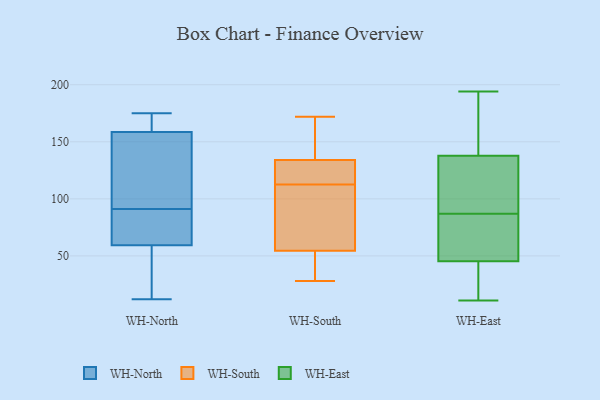
{"axis": {"x": "Satisfaction Score", "y": "Value"}, "legend": ["WH-East", "WH-North", "WH-South"], "data": [{"x": "", "y": 60, "type": "WH-North"}, {"x": "", "y": 57, "type": "WH-North"}, {"x": "", "y": 175, "type": "WH-North"}, {"x": "", "y": 170, "type": "WH-North"}, {"x": "", "y": 141, "type": "WH-North"}, {"x": "", "y": 70, "type": "WH-North"}, {"x": "", "y": 166, "type": "WH-North"}, {"x": "", "y": 91, "type": "WH-North"}, {"x": "", "y": 88, "type": "WH-North"}, {"x": "", "y": 32, "type": "WH-North"}, {"x": "", "y": 12, "type": "WH-North"}, {"x": "", "y": 156, "type": "WH-North"}, {"x": "", "y": 97, "type": "WH-North"}, {"x": "", "y": 89, "type": "WH-South"}, {"x": "", "y": 53, "type": "WH-South"}, {"x": "", "y": 112, "type": "WH-South"}, {"x": "", "y": 61, "type": "WH-South"}, {"x": "", "y": 81, "type": "WH-South"}, {"x": "", "y": 56, "type": "WH-South"}, {"x": "", "y": 28, "type": "WH-South"}, {"x": "", "y": 44, "type": "WH-South"}, {"x": "", "y": 146, "type": "WH-South"}, {"x": "", "y": 40, "type": "WH-South"}, {"x": "", "y": 169, "type": "WH-South"}, {"x": "", "y": 157, "type": "WH-South"}, {"x": "", "y": 122, "type": "WH-South"}, {"x": "", "y": 32, "type": "WH-South"}, {"x": "", "y": 164, "type": "WH-South"}, {"x": "", "y": 113, "type": "WH-South"}, {"x": "", "y": 122, "type": "WH-South"}, {"x": "", "y": 172, "type": "WH-South"}, {"x": "", "y": 116, "type": "WH-South"}, {"x": "", "y": 116, "type": "WH-South"}, {"x": "", "y": 65, "type": "WH-East"}, {"x": "", "y": 126, "type": "WH-East"}, {"x": "", "y": 44, "type": "WH-East"}, {"x": "", "y": 43, "type": "WH-East"}, {"x": "", "y": 49, "type": "WH-East"}, {"x": "", "y": 194, "type": "WH-East"}, {"x": "", "y": 148, "type": "WH-East"}, {"x": "", "y": 137, "type": "WH-East"}, {"x": "", "y": 87, "type": "WH-East"}, {"x": "", "y": 11, "type": "WH-East"}, {"x": "", "y": 138, "type": "WH-East"}]}